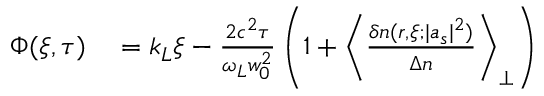
\begin{array} { r l } { \Phi ( \xi , \tau ) } & { { } = k _ { L } \xi - \frac { 2 c ^ { 2 } \tau } { \omega _ { L } w _ { 0 } ^ { 2 } } \left( 1 + \left\langle \frac { \delta n ( r , \xi ; | a _ { s } | ^ { 2 } ) } { \Delta n } \right\rangle _ { \perp } \right) } \end{array}